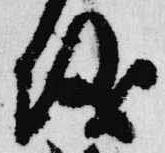
儀